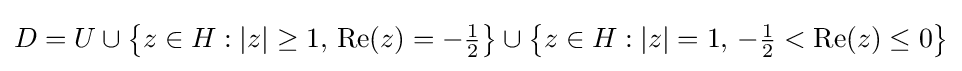
D=U\cup \left\{z\in H:\left|z\right|\geq 1,\,{\mbox{Re}}(z)=-{\tfrac {1}{2}}\right\}\cup \left\{z\in H:\left|z\right|=1,\,-{\tfrac {1}{2}}<{\mbox{Re}}(z)\leq 0\right\}